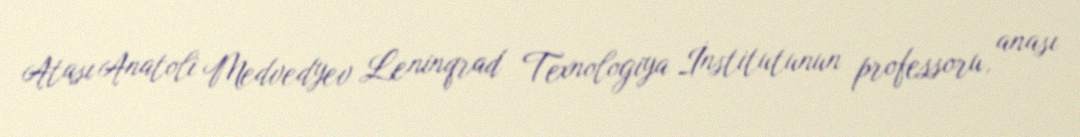
Atası Anatoli Medvedyev Leninqrad Texnologiya İnstitutunun professoru, anası